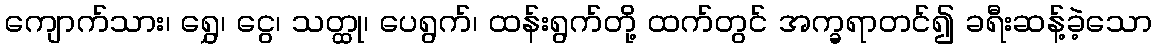
ကျောက်သား၊ ရွှေ၊ ငွေ၊ သတ္ထု၊ ပေရွက်၊ ထန်းရွက်တို့ ထက်တွင် အက္ခရာတင်၍ ခရီးဆန့်ခဲ့သော